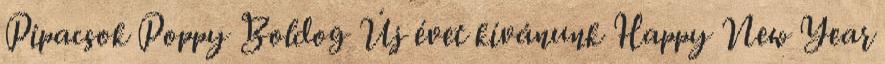
Pipacsok Poppy Boldog Új évet kívánunk Happy New Year